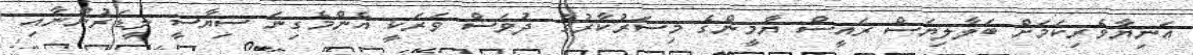
އަނިޔާވެރިކަމަށް ބަލާލިޔަސް ރައީސް ޔާމީންގެ މިސަރުކާރުގެ ދުވަސް ވަރަކީ އެންމެގިނަ ސިޔާސީ ލީޑަރުންނާއި